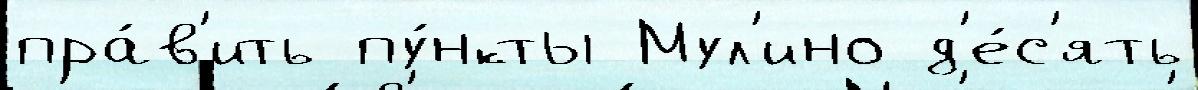
пра́в'ить пу́нкты Мул'ино д'е́с'ять